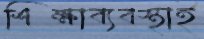
শিক্ষাব্যবস্থাই